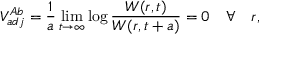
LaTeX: V _ { a d j } ^ { A b } = \frac { 1 } { a } \operatorname * { l i m } _ { t \rightarrow \infty } \log \frac { W ( r , t ) } { W ( r , t + a ) } = 0 \quad \forall \quad r ,